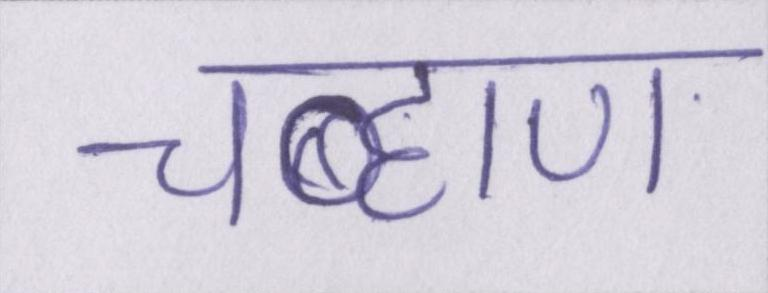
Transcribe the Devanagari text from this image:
चव्हाण